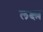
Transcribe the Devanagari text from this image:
लक्ष्य़